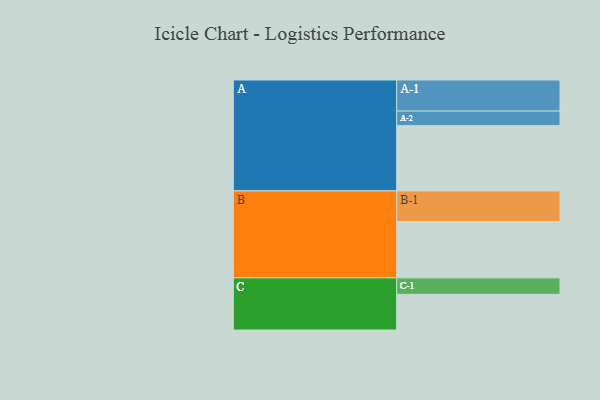
{"axis": {"x": "Segment", "y": "Value"}, "legend": ["", "A", "B", "C"], "data": [{"x": "A", "y": 594, "type": ""}, {"x": "B", "y": 513, "type": ""}, {"x": "C", "y": 325, "type": ""}, {"x": "A-1", "y": 283, "type": "A"}, {"x": "A-2", "y": 133, "type": "A"}, {"x": "B-1", "y": 279, "type": "B"}, {"x": "C-1", "y": 150, "type": "C"}]}